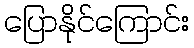
ပြောနိုင်ကြောင်း